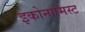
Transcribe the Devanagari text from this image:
इकोनामिस्ट